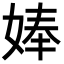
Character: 𡞗